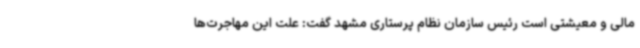
مالی و معیشتی است رئیس سازمان نظام پرستاری مشهد گفت: علت این مهاجرت‌ها